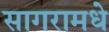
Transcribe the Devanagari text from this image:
सागरामधे